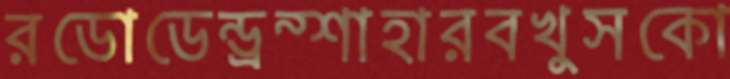
রডোডেন্ড্রন্শাহারবখুসকো